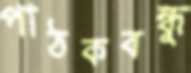
পাঠকবন্ধু